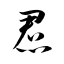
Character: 焄